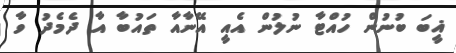
ޣީބަ ބުނުން ހުއްޓާ ނުލުން އެއީ އޭނާއާ ތައުބާ އާ ދެމެދު ވާ